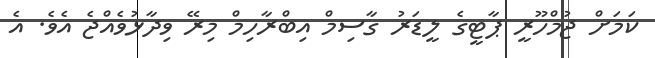
ކަމަށް ޖުމްހޫރީ ޕާޓީގެ ލީޑަރު ގާސިމް އިބްރާހިމް މިރޭ ވިދާޅުވެއްޖެ އެވެ. އެ